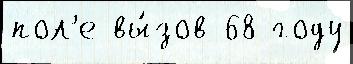
пол'е вы́зов 68 году